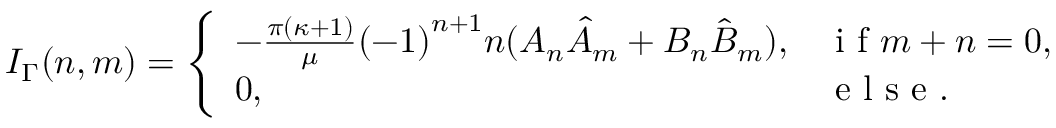
I _ { \Gamma } ( n , m ) = \left\{ \begin{array} { l l } { - \frac { \pi ( \kappa + 1 ) } { \mu } { ( - 1 ) } ^ { n + 1 } n ( A _ { n } { \hat { A } } _ { m } + B _ { n } { \hat { B } } _ { m } ) , } & { \mathrm { ~ i ~ f ~ } m + n = 0 , } \\ { 0 , } & { \mathrm { ~ e ~ l ~ s ~ e ~ . ~ } } \end{array} \right.